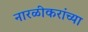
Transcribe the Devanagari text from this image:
नारळीकरांच्या